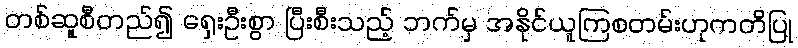
တစ်ဆူစီတည်၍ ရှေးဦးစွာ ပြီးစီးသည့် ဘက်မှ အနိုင်ယူကြစတမ်းဟုကတိပြု